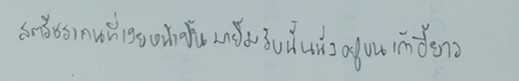
สตรีชราคนที่เงยหน้าขึ้นมายิ้มรับนั้นนั่งอยู่บนเก้าอี้ยาว